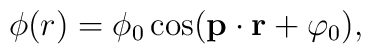
\phi(r)=\phi_0\cos({\bf p}\cdot{\bf r}+\varphi_0),